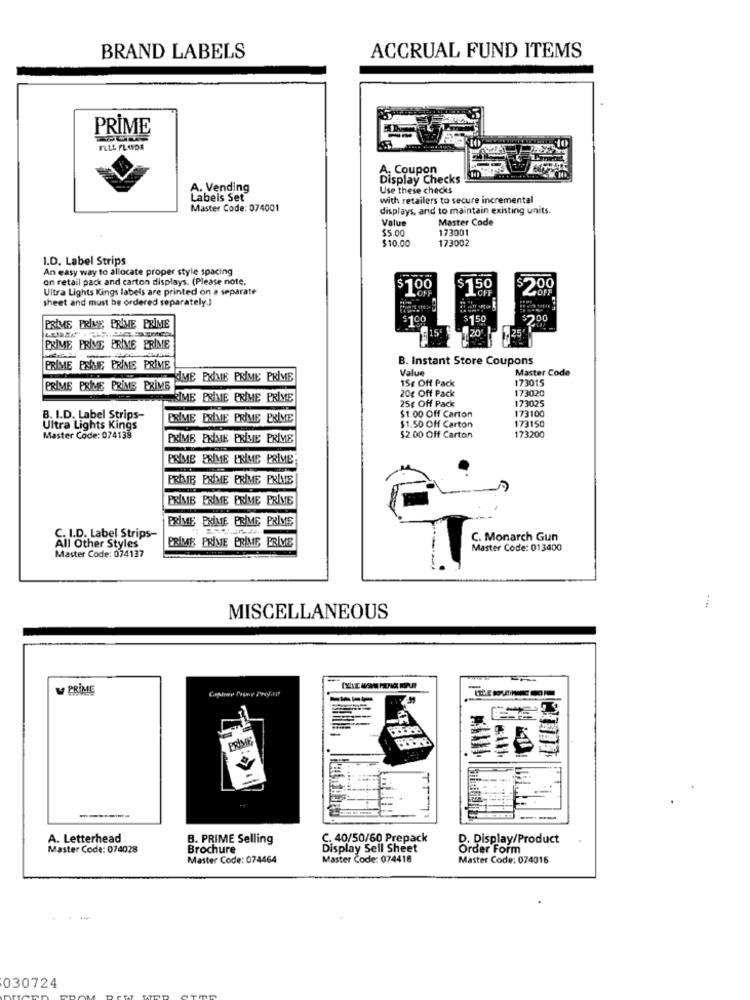
ACCRUAL FUND ITEMS
BRAND LABELS
PRIME
FLLL PLAYOR
A. Coupon
Display Checks
A. Vending
Use these checks
Labels Set
with retailers to secure incremental
Master Code: 074001
displays, and to maintain existing units.
Value
Master Code
$5.00
173001
$10.00
173002
1.D. Label Strips
An easy way to allocate proper style spacing
on retail pack and carton displays. (Please note.
Ultra Lights Kings labels are printed on a separate
$100
LOFF
$150
$200
sheet and must be ordered separately.)
$100
$150
$700
PRIME PRIVE PRIME PRIME
.20
.25
PRIME PRIVE PRIME PRIME
B. Instant Store Coupons
PRIME PERLE PRIME PRIME
Value
Master Code
ME EXIME PRIME PRIME
15¢ Off Pack
173015
PRIME PRIME PRIME PRIME
20g Off Pack
173020
E PRIME PRIME PRIME
25g Off Pack
173025
173100
B. I.D. Label Strips-
PRIME PRIME PRIME PRIME
$1.00 Off Carton
173150
Ultra Lights Kings
$1.50 Off Carton
Master Code: 074138
EXIME EXIME PRIME PRIME
$2.00 Off Carton
173200
PRIME PRIME PRIME PRIME
PRIME PRIME PRIME PRIMS
PRIME PRIME PRIME PRIME
PRIME PRIME PRIME PRIME
C. I.D. Label Strips-
PRIME PRIME PRIME PRIVE
C. Monarch Gun
All Other Styles
Master Code: 013400
Master Code: 074137
MISCELLANEOUS
W PRIME
-------
--
A. Letterhead
B. PRIME Selling
C. 40/50/60 Prepack
D. Display/Product
Master Code: 074028
Brochure
Display Sell Sheet
Order Form
Master Code: 074464
Master Code: 074418
Master Code: 074016
030724